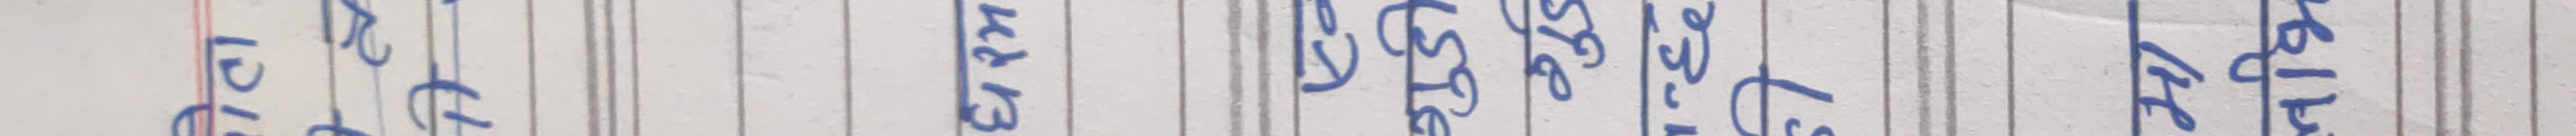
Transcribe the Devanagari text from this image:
हाम्रो रहनु १२ खिंच् बिस्तारै केहि फाइल